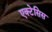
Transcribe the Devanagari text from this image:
एक्टेसिस